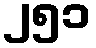
၂၅၁